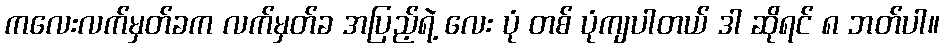
ကလေးလက်မှတ်ခက လက်မှတ်ခ အပြည့်ရဲ့ လေး ပုံ တစ် ပုံကျပါတယ် ဒါ ဆိုရင် ၈ ဘတ်ပါ။